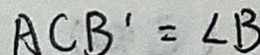
A C B ^ { \prime } = \angle B